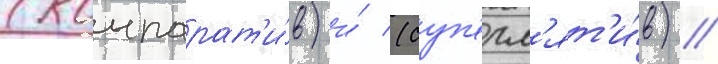
(компарат'и́в) и́ (суп'ерл'ят'и́в) /